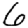
Digit: 6